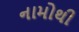
નામોથી